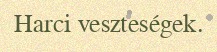
Harci veszteségek.